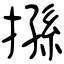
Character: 搎